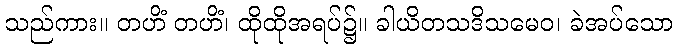
သည်ကား။ တဟိံ တဟိံ၊ ထိုထိုအရပ်၌။ ခါယိတသဒိသမေဝ၊ ခဲအပ်သော